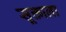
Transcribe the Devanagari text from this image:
सूक्ताला